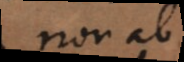
non ab